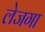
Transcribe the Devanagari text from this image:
लेजगा